Indian journal of veterinary science and animal husbandry - Volume 2,
Year: 1932
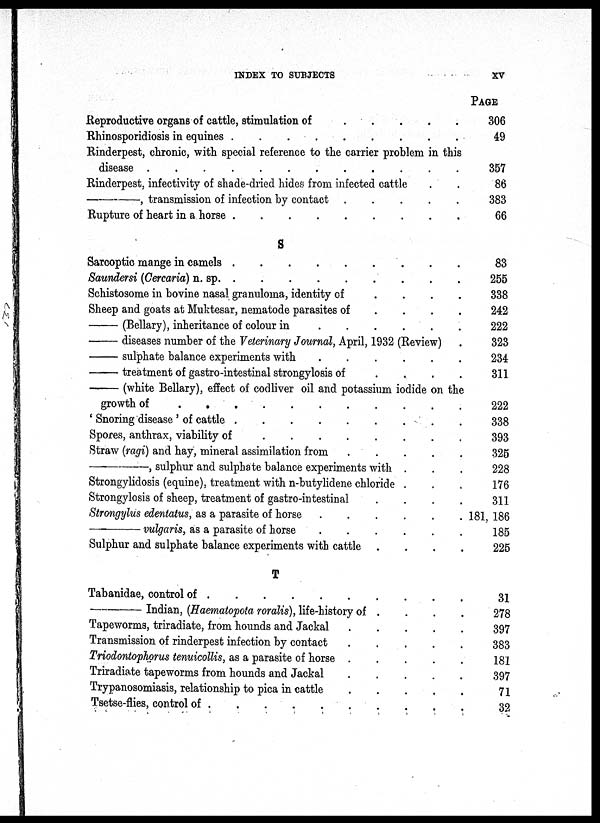
INDEX TO SUBJECTS
XV
Reproductive organs of cattle, stimulation of . . . . . . . .
Rhinosporidiosis in equines
.
.
.
.
.
.
.
.
Rinderpest, chronic, with special reference to the carrier problem in this
disease
.
.
.
.
.
.
.
.
Rinderpest, infectivity of shade-dried hides from infected cattle . .
—, transmission of infection by contact . . . . . . . .
Rupture of heart in a horse
.
.
.
.
.
.
.
.
S
Sarcoptic mange in camels
.
.
.
.
.
.
.
.
Saundersi (Cercaria) n.
sp.
.
.
.
.
.
.
.
.
Schistosome in bovine nasal granuloma, identity of . . . . . . . .
Sheep and goats at Muktesar, nematode parasites of . . . . . . . .
—(Bellary),
inheritance of colour in . . . . . . . .
—diseases
number of the Veterinary Journal, April, 1932 (Review) .
—sulphate
balance experiments with . . . . . . . .
—treatment
of gastro-intestinal strongylosis of . . . . . . . .
—(white
Bellary), effect of codliver oil and potassium iodide on the
growth of
.
.
.
.
.
.
.
.
' Snoring disease ' of cattle
.
.
.
.
.
.
.
.
Spores, anthrax, viability of
.
.
.
.
.
.
.
.
Straw (ragi) and hay, mineral assimilation from . . . . . . . .
—,
sulphur and sulphate balance experiments with . . . . . . . .
Strongylidosis (equine), treatment with n-butylidene chloride . . . . . . . .
Strongylosis of sheep, treatment of gastro-intestinal . . . . . . . .
Strongylus edentatus, as a parasite of horse . . . . . . . .
—vulgaris,
as a parasite of horse . . . . . . . .
Sulphur and sulphate balance experiments with cattle . . . . . . . .
T
Tabanidae, control of
.
.
.
.
.
.
.
.
—Indian,
(Haematopota roralis), life-history of . . . . . . . .
Tapeworms, triradiate, from hounds and Jackal . . . . . . . .
Transmission of rinderpest infection by contact . . . . . . . .
Triodontophorus tenuicollis, as a parasite of horse . . . . . . . .
Triradiate tapeworms from hounds and Jackal . . . . . . . .
Trypanosomiasis, relationship to pica in cattle . . . . . . . .
Tsetse-flies, control of
.
.
.
.
.
.
.
.
PAGE
306
49
357
86
383
66
83
255
338
242
222
323
234
311
222
338
393
325
228
176
311
181, 186
185
225
31
278
397
383
181
397
71
32